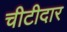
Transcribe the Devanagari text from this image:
चीटीदार